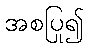
အစပြု၍